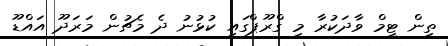
ތިން ޓީމް ވާދަކުރާ މި ގްރޫޕްގައި ކުޅުނު ދެ މެޗުން މަރަދޫ އައްޑޫ